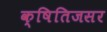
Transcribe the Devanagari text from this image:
क्षितिजसर